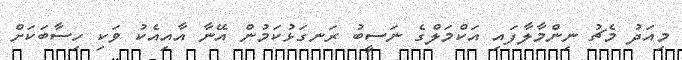
މިއަދު މެޗު ނިންމާލާފައި އަކްމަލްގެ ނަސީބު ރަނގަޅުކަމުން އޭނާ އާއިއެކު ވަކި ހިސާބަކަށް